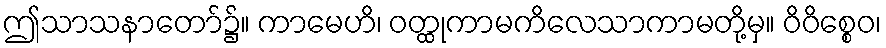
ဤသာသနာတော်၌။ ကာမေဟိ၊ ဝတ္ထုကာမကိလေသာကာမတို့မှ။ ဝိဝိစ္စေဝ၊